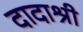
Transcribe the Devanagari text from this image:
दादाश्री